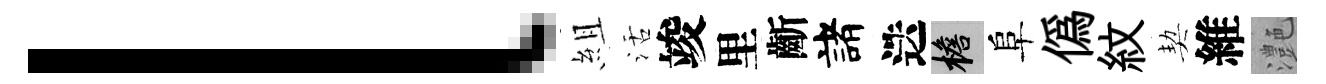
l組活竣里齗諸迭檐阜僞紋契維灔